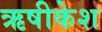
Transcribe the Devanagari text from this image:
ऋषीकेश